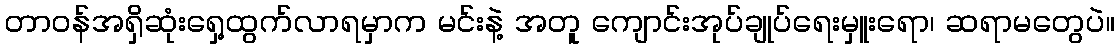
တာဝန်အရှိဆုံးရှေ့ထွက်လာရမှာက မင်းနဲ့ အတူ ကျောင်းအုပ်ချုပ်ရေးမှူးရော၊ ဆရာမတွေပဲ။